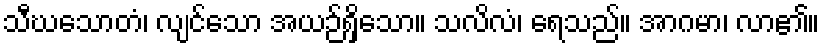
သီဃသောတံ၊ လျင်သော အယဉ်ရှိသော။ သလိလံ၊ ရေသည်။ အာဂမာ၊ လာ၏။